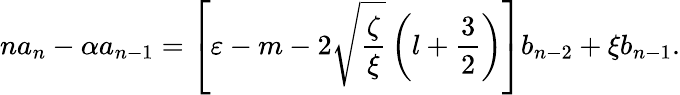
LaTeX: na_{n}-\alpha a_{n-1}=\left[\varepsilon-m-2\sqrt{\frac{\zeta}{\xi}}\left(l+{\frac{3}{2}}\right)\right]b_{n-2}+\xi b_{n-1}.